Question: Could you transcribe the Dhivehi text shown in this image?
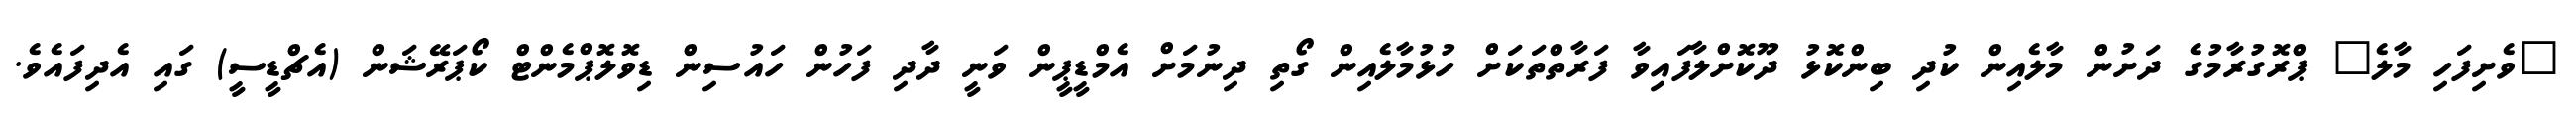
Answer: "ވެށިފަހި މާލެ" ޕްރޮގުރާމުގެ ދަށުން މާލެއިން ކުދި ބިންކޮޅު ދޫކޮށްލާފައިވާ ފަރާތްތަކަށް ހުޅުމާލެއިން ގޯތި ދިނުމަށް އެމްޑީޕީން ވަނީ ދާދި ފަހުން ހައުސިން ޑިވޮލޮޕްމެންޓް ކޯޕަރޭޝަން (އެޗްޑީސީ) ގައި އެދިފައެވެ.